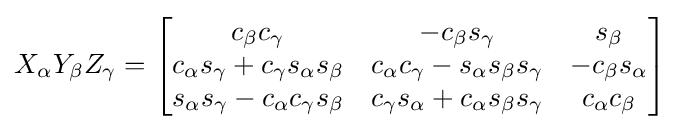
X_{\alpha }Y_{\beta }Z_{\gamma }={\begin{bmatrix}c_{\beta }c_{\gamma }&-c_{\beta }s_{\gamma }&s_{\beta }\\c_{\alpha }s_{\gamma }+c_{\gamma }s_{\alpha }s_{\beta }&c_{\alpha }c_{\gamma }-s_{\alpha }s_{\beta }s_{\gamma }&-c_{\beta }s_{\alpha }\\s_{\alpha }s_{\gamma }-c_{\alpha }c_{\gamma }s_{\beta }&c_{\gamma }s_{\alpha }+c_{\alpha }s_{\beta }s_{\gamma }&c_{\alpha }c_{\beta }\end{bmatrix}}